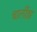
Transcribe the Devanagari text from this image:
चार्लीझ